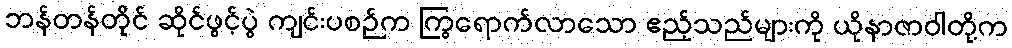
ဘန်တန်တိုင် ဆိုင်ဖွင့်ပွဲ ကျင်းပစဉ်က ကြွရောက်လာသော ဧည့်သည်များကို ယိုနာဇာဝါတို့က